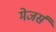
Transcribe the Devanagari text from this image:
मेजर्स